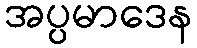
အပ္ပမာဒေန